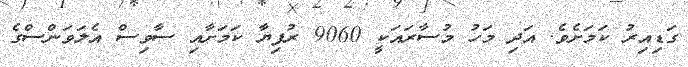
ގަޑިއިރު ކަމަށެވެ. އަދި މަހު މުސާރައަކީ 9060 ރުފިޔާ ކަމަށާއި ސާވިސް އެލަވަންސްގެ